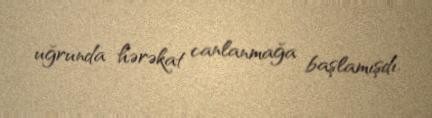
uğrunda hərəkat canlanmağa başlamışdı.